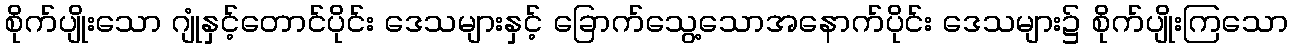
စိုက်ပျိုးသော ဂျုံနှင့်တောင်ပိုင်း ဒေသများနှင့် ခြောက်သွေ့သောအနောက်ပိုင်း ဒေသများ၌ စိုက်ပျိုးကြသော